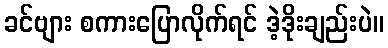
ခင်ဗျား စကားပြောလိုက်ရင် ဒဲ့ဒိုးချည်းပဲ။